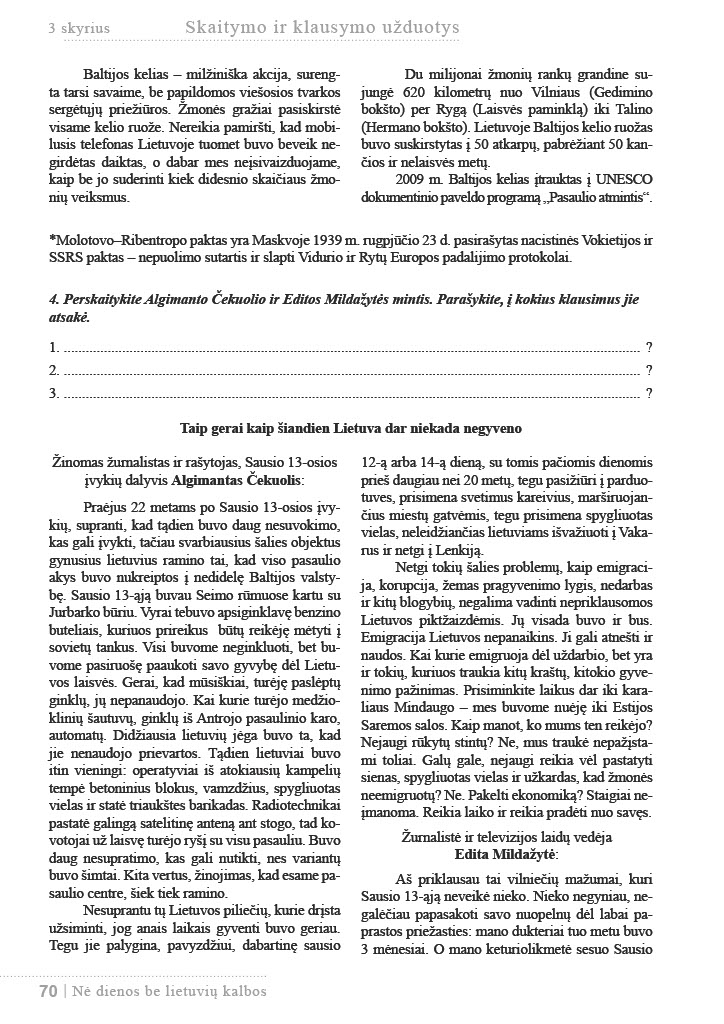
Language: lt